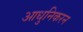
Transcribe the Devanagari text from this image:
आधुनिकरन